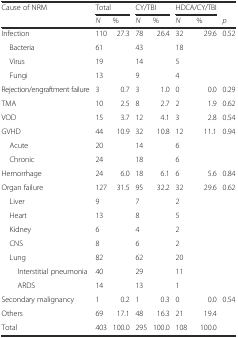
<table><thead><tr><td rowspan="2"><b>Cause of NRM</b></td><td colspan="2"><b>Total</b></td><td colspan="2"><b>CY/TBI</b></td><td colspan="2"><b>HDCA/CY/TBI</b></td><td></td></tr><tr><td><b><i>N</i></b></td><td><b>%</b></td><td><b><i>N</i></b></td><td><b>%</b></td><td><b><i>N</i></b></td><td><b>%</b></td><td><b><i>p</i></b></td></tr></thead><tbody><tr><td>Infection</td><td>110</td><td>27.3</td><td>78</td><td>26.4</td><td>32</td><td>29.6</td><td>0.52</td></tr><tr><td> Bacteria</td><td>61</td><td></td><td>43</td><td></td><td>18</td><td></td><td></td></tr><tr><td> Virus</td><td>19</td><td></td><td>14</td><td></td><td>5</td><td></td><td></td></tr><tr><td> Fungi</td><td>13</td><td></td><td>9</td><td></td><td>4</td><td></td><td></td></tr><tr><td>Rejection/engraftment failure</td><td>3</td><td>0.7</td><td>3</td><td>1.0</td><td>0</td><td>0.0</td><td>0.29</td></tr><tr><td>TMA</td><td>10</td><td>2.5</td><td>8</td><td>2.7</td><td>2</td><td>1.9</td><td>0.62</td></tr><tr><td>VOD</td><td>15</td><td>3.7</td><td>12</td><td>4.1</td><td>3</td><td>2.8</td><td>0.54</td></tr><tr><td>GVHD</td><td>44</td><td>10.9</td><td>32</td><td>10.8</td><td>12</td><td>11.1</td><td>0.94</td></tr><tr><td> Acute</td><td>20</td><td></td><td>14</td><td></td><td>6</td><td></td><td></td></tr><tr><td> Chronic</td><td>24</td><td></td><td>18</td><td></td><td>6</td><td></td><td></td></tr><tr><td>Hemorrhage</td><td>24</td><td>6.0</td><td>18</td><td>6.1</td><td>6</td><td>5.6</td><td>0.84</td></tr><tr><td>Organ failure</td><td>127</td><td>31.5</td><td>95</td><td>32.2</td><td>32</td><td>29.6</td><td>0.62</td></tr><tr><td> Liver</td><td>9</td><td></td><td>7</td><td></td><td>2</td><td></td><td></td></tr><tr><td> Heart</td><td>13</td><td></td><td>8</td><td></td><td>5</td><td></td><td></td></tr><tr><td> Kidney</td><td>6</td><td></td><td>4</td><td></td><td>2</td><td></td><td></td></tr><tr><td> CNS</td><td>8</td><td></td><td>6</td><td></td><td>2</td><td></td><td></td></tr><tr><td> Lung</td><td>82</td><td></td><td>62</td><td></td><td>20</td><td></td><td></td></tr><tr><td>Interstitial pneumonia</td><td>40</td><td></td><td>29</td><td></td><td>11</td><td></td><td></td></tr><tr><td>ARDS</td><td>14</td><td></td><td>13</td><td></td><td>1</td><td></td><td></td></tr><tr><td>Secondary malignancy</td><td>1</td><td>0.2</td><td>1</td><td>0.3</td><td>0</td><td>0.0</td><td>0.54</td></tr><tr><td>Others</td><td>69</td><td>17.1</td><td>48</td><td>16.3</td><td>21</td><td>19.4</td><td></td></tr><tr><td>Total</td><td>403</td><td>100.0</td><td>295</td><td>100.0</td><td>108</td><td>100.0</td><td></td></tr></tbody></table>